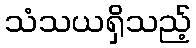
သံသယရှိသည့်